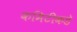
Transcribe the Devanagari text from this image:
कमिटीकडे